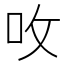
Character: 呚